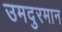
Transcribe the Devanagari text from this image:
उमदुरमान